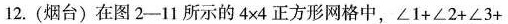
12.(烟台)在图2-11所示的4×4正方形网格中，$$\angle 1 + \angle 2 + \angle 3 +